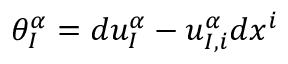
\theta _ { I } ^ { \alpha } = d u _ { I } ^ { \alpha } - u _ { I , i } ^ { \alpha } d x ^ { i }